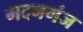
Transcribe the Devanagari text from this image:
मदनगंज